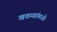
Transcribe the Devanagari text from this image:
खवय्यांमध्ये